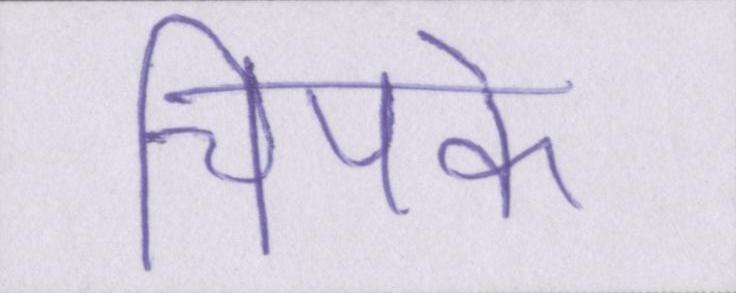
चिपके